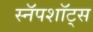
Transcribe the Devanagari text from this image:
स्नॅपशॉट्स